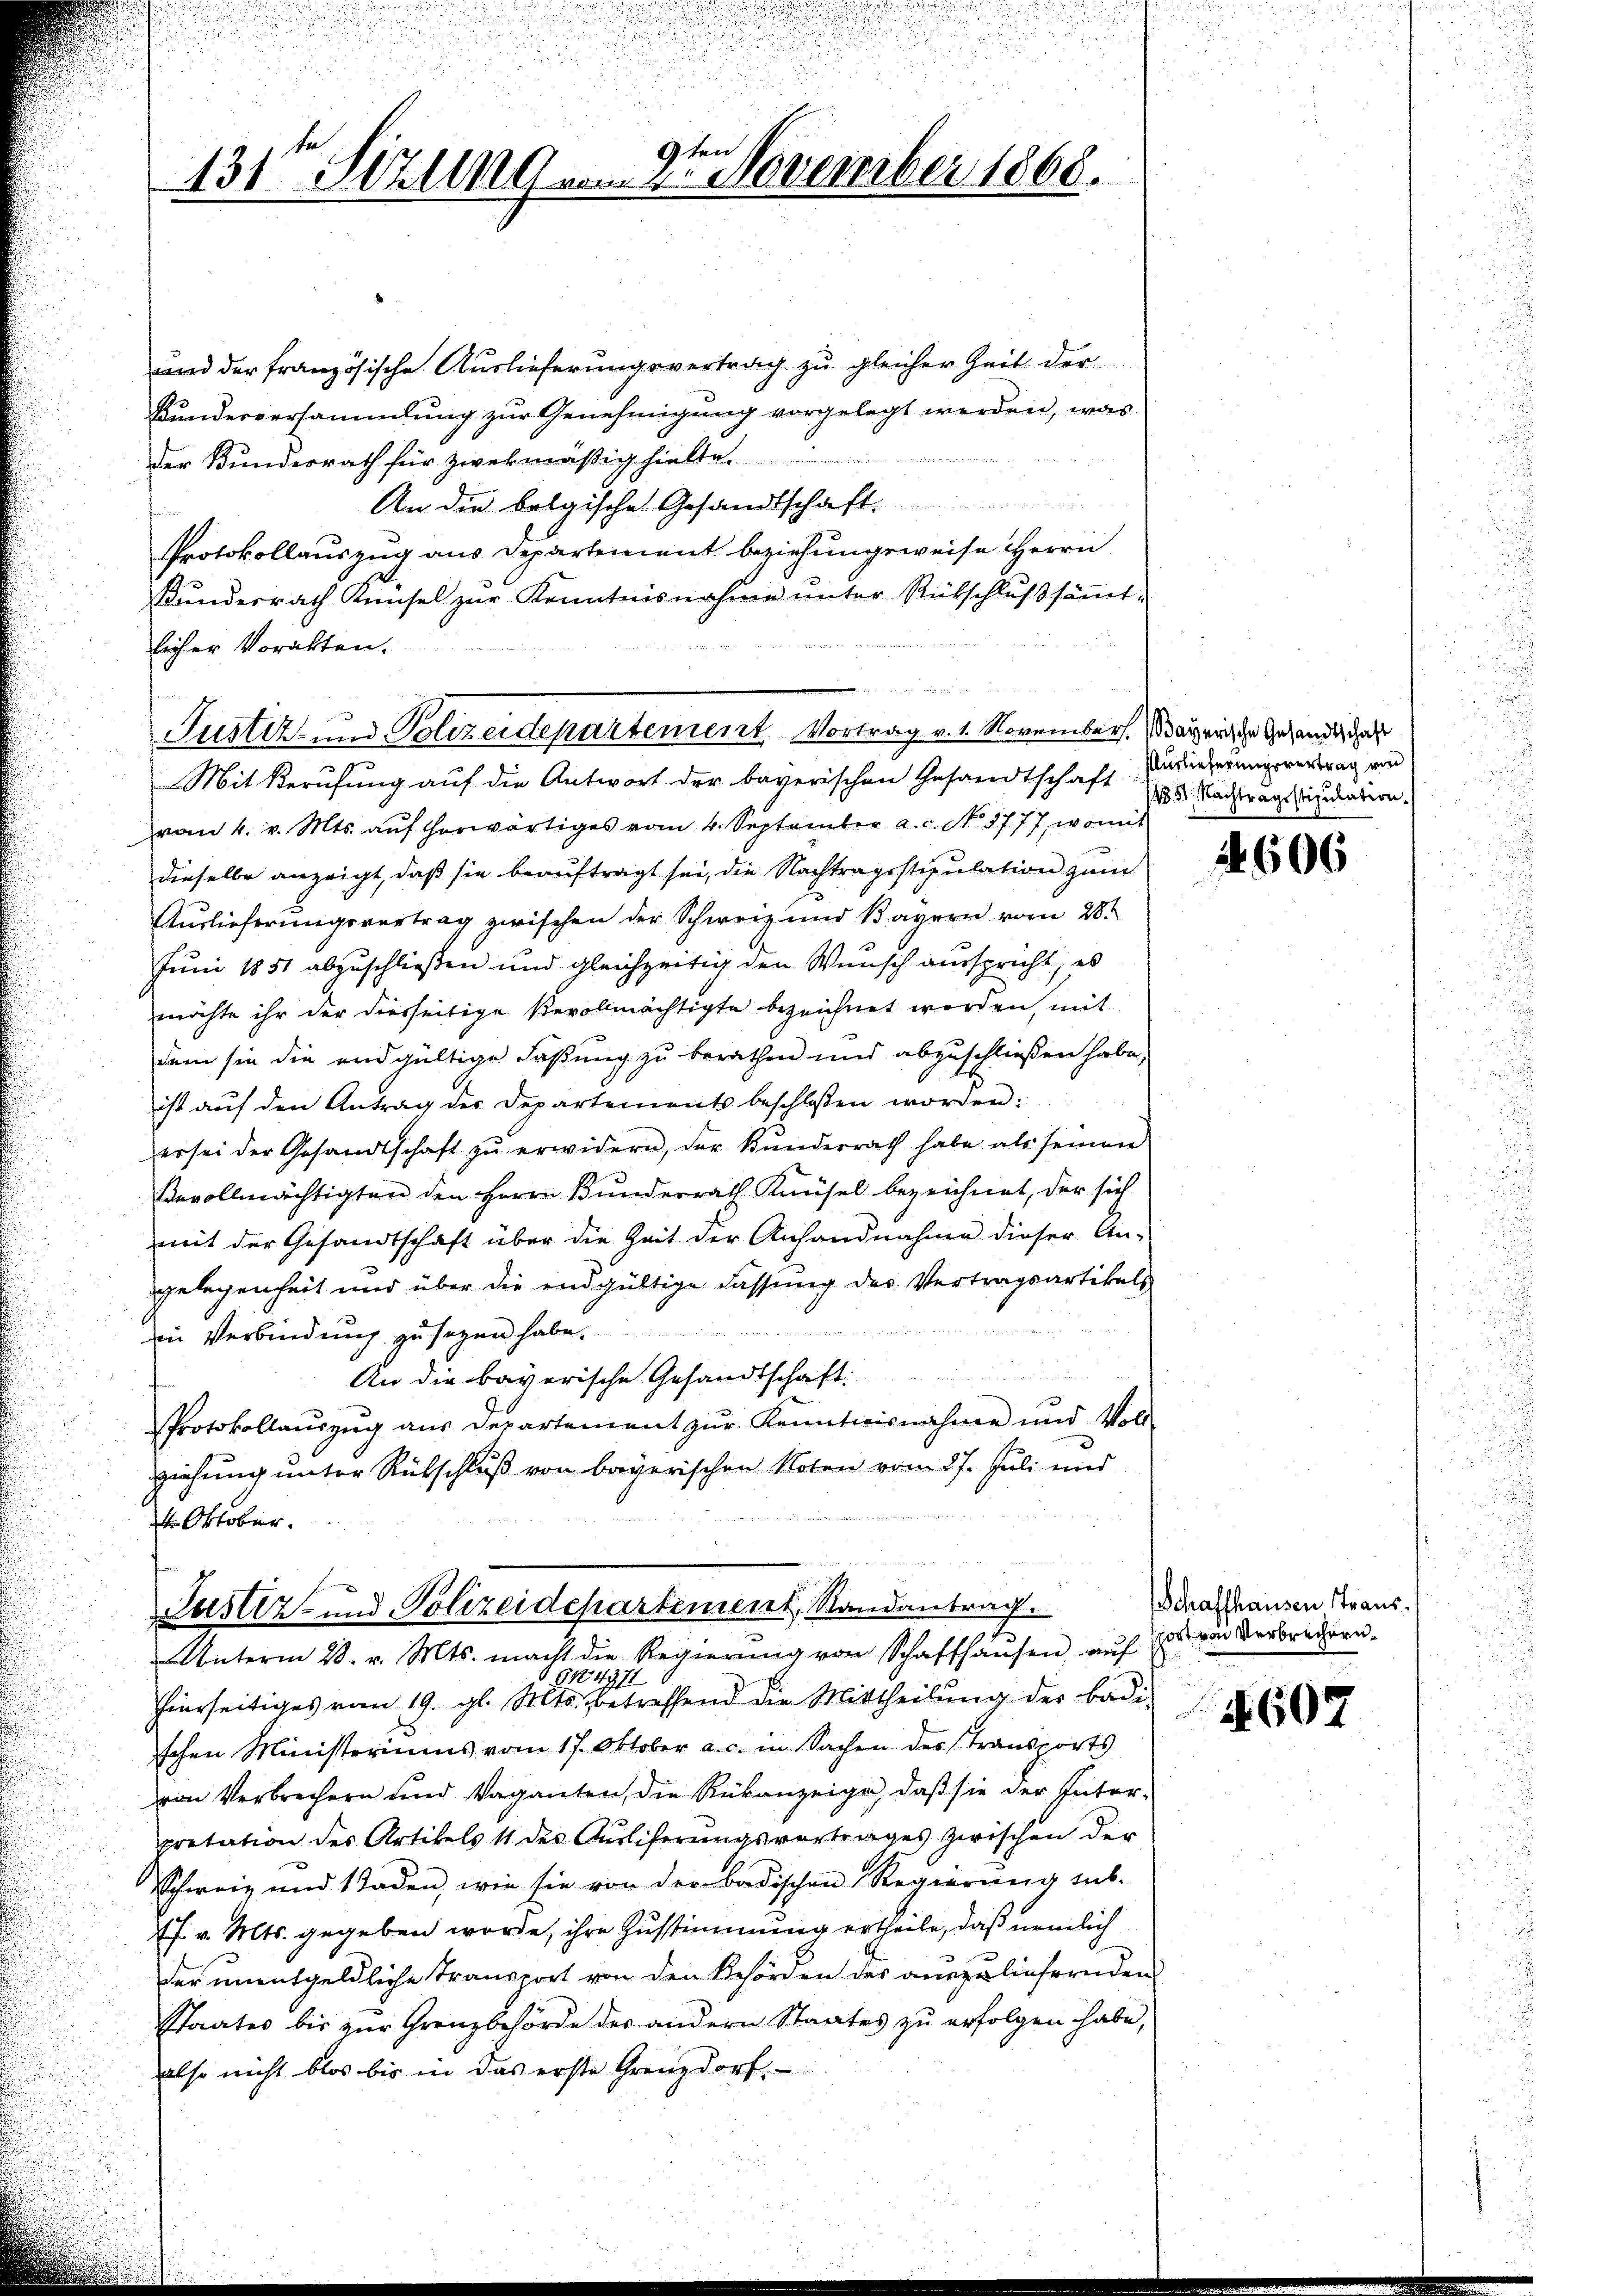
9ten
131 Szling vom 1. November 1868.

und der französische Auslieferungsvertrag zu gleicher Zeit der
Bundesversammlung zur Genehmigung vorgelegt werden, was
Der Bundesrath für zwekmäßig hielte
An die belgische Gesandtschaft.
Protokollauszug aus Departement beziehungsweise Herrn
undesrath Knüsel zur Kenntnisnahme unter Rückschluß sämtlicher Vorakten.
Justiz- und Polizeidepartement Vortrag v. 1. November. Mayrische Gesandtschaft
Mit Berufung auf die Antwort der bayerischen Gesandtschaft Brieferungsvertrag von
von 4. v. Mts. auf herwärtiges vom 4. September a. c. No. 3777, womit
dieselbe anzeigt, daß sie beauftragt sei, die Nachtragsstipulation zum
Auslieferungsvertrag zwischen der Schweiz und Bayern vom 28.
Juni 1851 abzuschließen und gleichzeitig den Wunsch ausspricht, es
möchte ihr der diesseitige Bevollmächtigte bezeichnet worden, mit
dem sie die endgültige Faßung zu berathen und abzuschließen habe,
ist auf den Antrag der Departements beschlossen worden:
er sei der Gesandtschaft zŭ erwidern, der Kunderrath habe als seinen
Bevollmächtigten den Herrn Bunderrath Knüsel bezeichnet, der sich
mit der Gesandtschaft über die Zeit der Anfandnahme dieser An-
ggelegenheit und über die endgültige Fassung des Vertragsartikels
iin Verbindung zu seyen habe.
u
An die bayerische Gesandtschaft:
Protokollaŭszŭg aŭs Departement zŭr Kenntnisnahme und Voll-
ziehung unter Rübschluß von bayerischen Noten vom 27. Juli und
4. Oktober.

Justiz- und Polizeidepartiment, Randantrag.
Unterm 28. v. Mts. macht die Regierŭng von Schaffhaŭsen, aŭf

1831. Nachtragsstipulation.

614371
hierseitiges vom 19. gl. Mts. betreffend die Mittheilŭng der badi-
schen Ministeriums vom 17. Oktober a. c. in Sachen des Transports
von Verbrechern und Vaganten, die Rükanzeige, daß sie der Interpretation des Artikels 11 des Aŭsliferungsvortrages zwischen der
Schweiz und 1 Taden, wie sie von der badischen Regierŭng sub-
f. v. Mts. gegeben werde, ihre Zustimmung ertheile, daß nemlich
der unentgeldliche Transport von den Behörden des auszuliefernden
Staates bis zur Grenzbehörde des andern Staates zu erfolgen habe,
also nicht blos bis in das erste Grenzdorf,

A 606

Schaffhausen Transsport von Verbrechern.

n

607